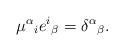
LaTeX: \begin{align*}\mu^\alpha{}_i e^i{}_\beta = \delta^\alpha{}_\beta.\end{align*}